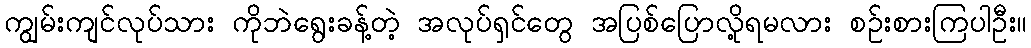
ကျွမ်းကျင်လုပ်သား ကိုဘဲရွေးခန့်တဲ့ အလုပ်ရှင်တွေ အပြစ်ပြောလို့ရမလား စဉ်းစားကြပါဦး။